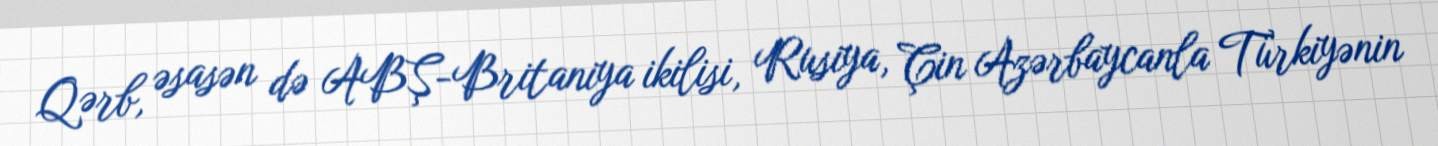
Qərb, əsasən də ABŞ-Britaniya ikilisi, Rusiya, Çin Azərbaycanla Türkiyənin